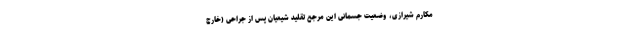
مکارم شیرازی، وضعیت جسمانی این مرجع تقلید شیعیان پس از جراحی (خارج